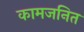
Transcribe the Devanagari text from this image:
कामजनित